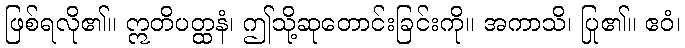
ဖြစ်ရလို၏။ ဣတိပတ္ထနံ၊ ဤသို့ဆုတောင်းခြင်းကို။ အကာသိ၊ ပြု၏။ ဧဝံ၊